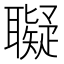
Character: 𦘀